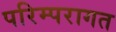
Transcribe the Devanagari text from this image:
परिम्परागत